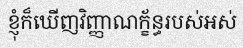
ខ្ញុំក៏ឃើញវិញ្ញាណក្ខ័ន្ធរបស់អស់